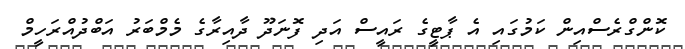
ކޮންގްރެސްއިން ކަމުގައި އެ ޕާޓީގެ ރައީސް އަދި ފޮނަދޫ ދާއިރާގެ މެމްބަރު އަބްދުއްރަހީމް